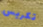
تكريس